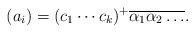
LaTeX: \begin{align*}(a_i)=(c_1\cdots c_k)^+\overline{\alpha_1\alpha_2\ldots}.\end{align*}